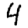
Digit: 4